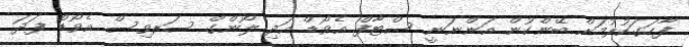
ފާހަގަކުރުމަށް ބޭންކުން އަންނަނީ ސްޓާފް އެވޯޑް އަދި ލޯންގް ސަރވިސް އެވޯޑް ފަދަ